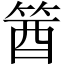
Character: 𥭛